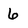
Character: 6